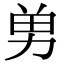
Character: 𭄫